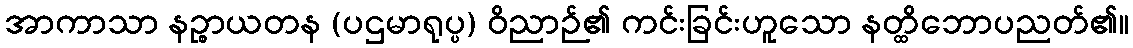
အာကာသာ နဉ္စာယတန (ပဌမာရုပ္ပ) ဝိညာဉ်၏ ကင်းခြင်းဟူသော နတ္ထိဘောပညတ်၏။